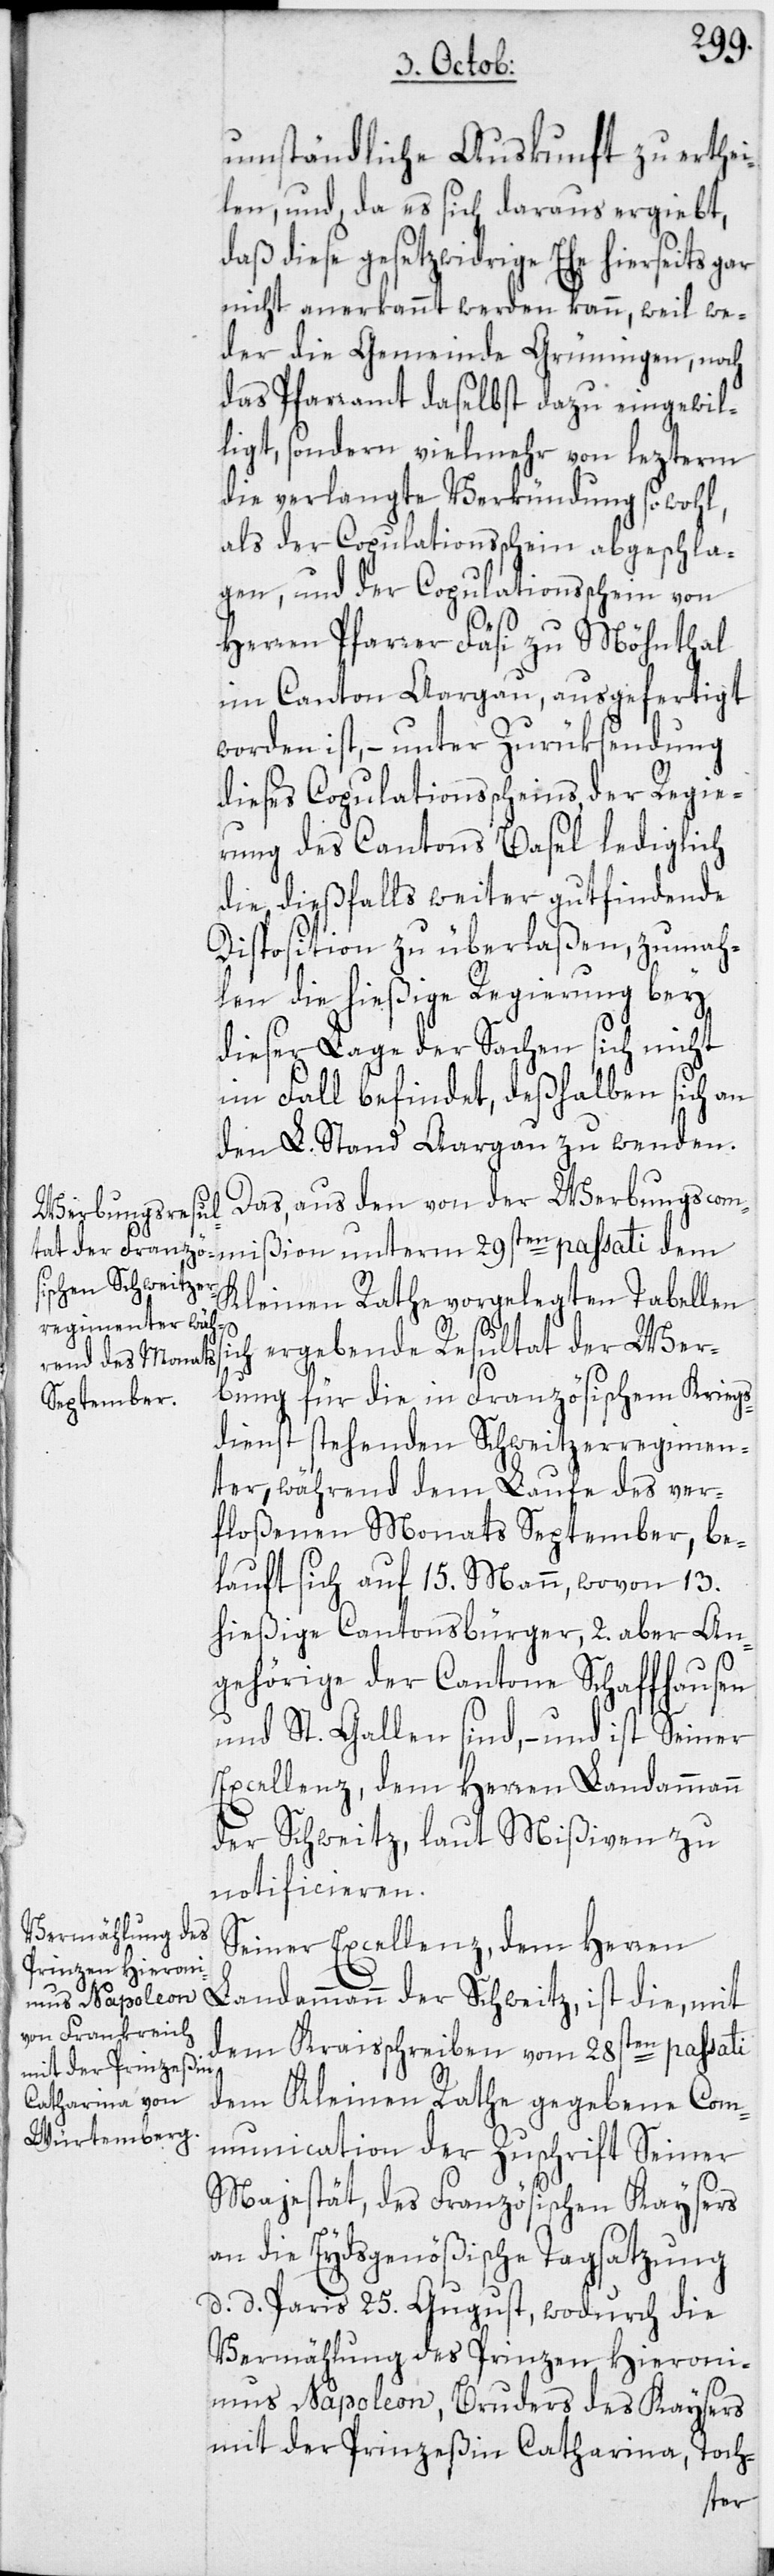
umständliche Auskunft zu erthei¬
len, und, da es sich daraus ergiebt,
daß diese gesetzwidrige Ehe hierseits gar
nicht anerkannt werden kann, weil we¬
der die Gemeinde Grüningen, noch
das Pfarramt daselbst dazu eingewil¬
ligt, sondern vielmehr von lezterm
die verlangte Verkündung sowohl,
als der Copulationsschein abgeschla¬
gen, und der Copluationsschein von
Herren Pfarrer Fäsi zu Möhnthal
im Canton Aargau, ausgefertigt
worden ist, – unter Zurüksendung
dieses Copulationsscheins, der Regie¬
rung des Cantons Basel lediglich
die dießfalls weiter gutfindende
Disposition zu überlaßen, zumah¬
len die hießige Regierung bey
dieser Lage der Sachen sich nicht
im Fall befindet, deßhalben sich an
den L. Stand Aargau zu wenden.
Das, aus dem von der Werbungscom¬
Kleinen Rathe vorgelegten Tabellen
si¬
ch ergebende Resultat der Wer¬
bung für die in Französischem Kriegs¬
dienst stehenden Schweitzerregimen¬
ter, während dem Laufe des ver¬
floßenen Monats September, be¬
lauft sich auf 15. Mann, wovon 13.
hießige Cantonsbürger, 2. aber An¬
gehörige der Cantone Schaffhausen
und St. Gallen sind, – und ist Seiner
Excellenz, dem Herren Landammann
der Schweitz, laut Mißiven zu
notificieren.
Seiner Excellenz, dem Herren
Landammann der Schweitz, ist die, mit
dem Kraisschreiben vom 28sten passati
dem Kleinen Rathe gegebene Com¬
munication der Zuschrift Seiner
Majestät, des Französischen Kaysers
an die Eydsgenößische Tagsatzung
d. d. Paris 25. August, wodurch die
Vermählung des Prinzen Hieron¬
imus Napoleon, Bruders des Kaysers
mit der Prinzeßin Catharina, Toch-